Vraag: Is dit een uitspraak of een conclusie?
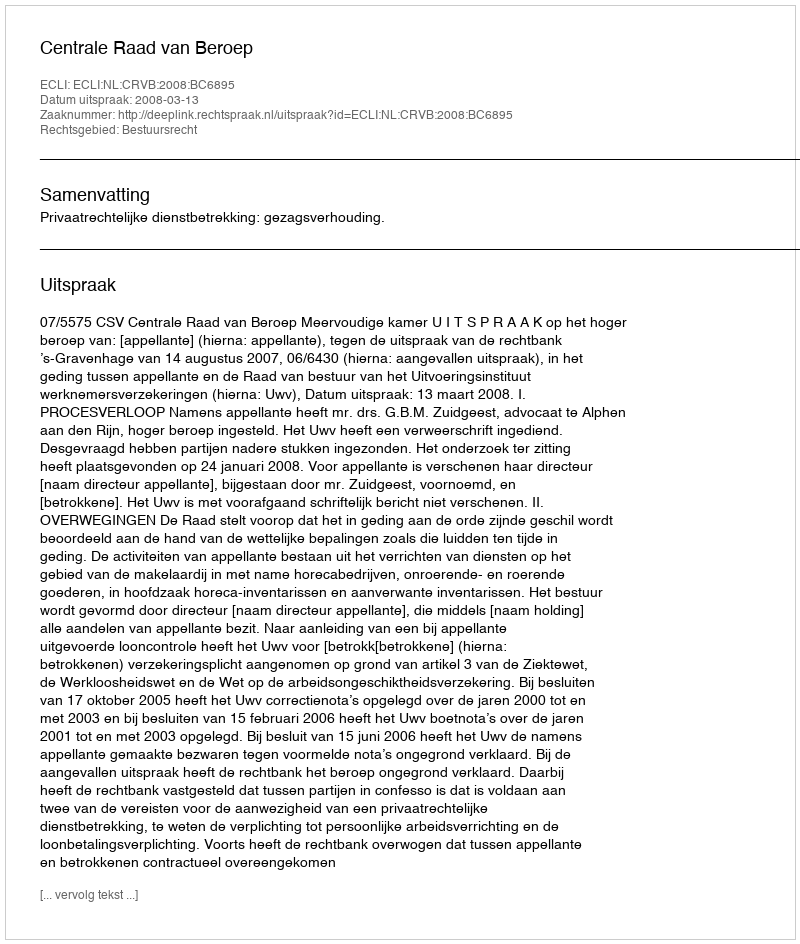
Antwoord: Uitspraak